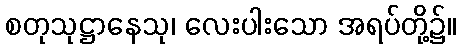
စတုသုဋ္ဌာနေသု၊ လေးပါးသော အရပ်တို့၌။